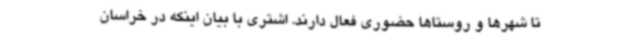
تا شهرها و روستاها حضوری فعال دارند. اشتری با بیان اینکه در خراسان